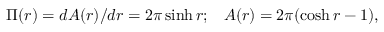
\Pi ( r ) = d A ( r ) / d r = 2 \pi \sinh r ; \; \; \; A ( r ) = 2 \pi ( \cosh r - 1 ) ,